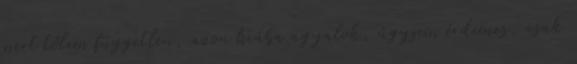
mert tőlem független, azon hiába agyalok, úgysem érdemes, csak